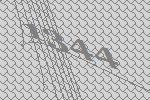
1344